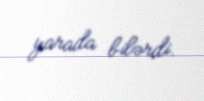
yarada bilərdi.